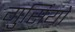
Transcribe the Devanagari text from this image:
गुर्सियो